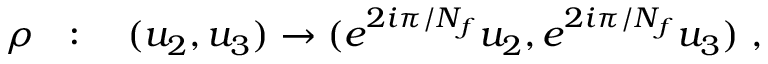
\rho ~ ~ : \quad ( u _ { 2 } , u _ { 3 } ) \to ( e ^ { 2 i \pi / N _ { f } } u _ { 2 } , e ^ { 2 i \pi / N _ { f } } u _ { 3 } ) ~ ,